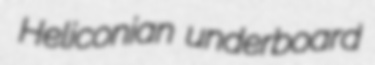
Heliconian underboard